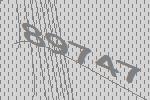
89747